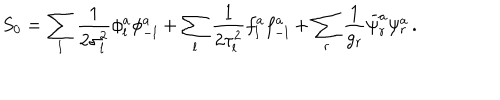
S _ { 0 } = \sum _ { l } { \frac { 1 } { 2 \sigma _ { l } ^ { 2 } } } \phi _ { l } ^ { a } \phi _ { - l } ^ { a } + \sum _ { l } { \frac { 1 } { 2 \tau _ { l } ^ { 2 } } } f _ { l } ^ { a } f _ { - l } ^ { a } + \sum _ { r } { \frac { 1 } { g _ { r } } } \bar { \psi } _ { r } ^ { a } \psi _ { r } ^ { a } \, .